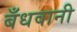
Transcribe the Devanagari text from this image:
बँधवानी